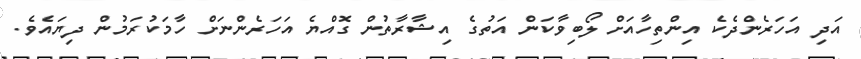
އަދި އަހަރެންދެކެ އިންތިހާއަށް ލޯބިވާކަން އަތުގެ އިޝާރާތުން ގޮއްޔެ އަހަރެންނަށް ހާމަކުރަމުން ދިޔައެވެ.